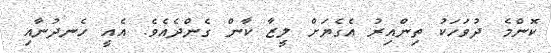
ކޮންމެ ދުވަހަކު ތިންއިރު އެގެޔަށް ލީޒާ ކާން ގެންދެއެވެ. އެއީ ހެނދުނާއި